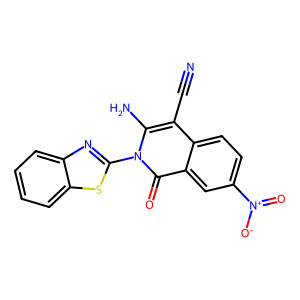
SMILES: N#Cc1c(N)n(-c2nc3ccccc3s2)c(=O)c2cc([N+](=O)[O-])ccc12
Inhibits HIV replication: No